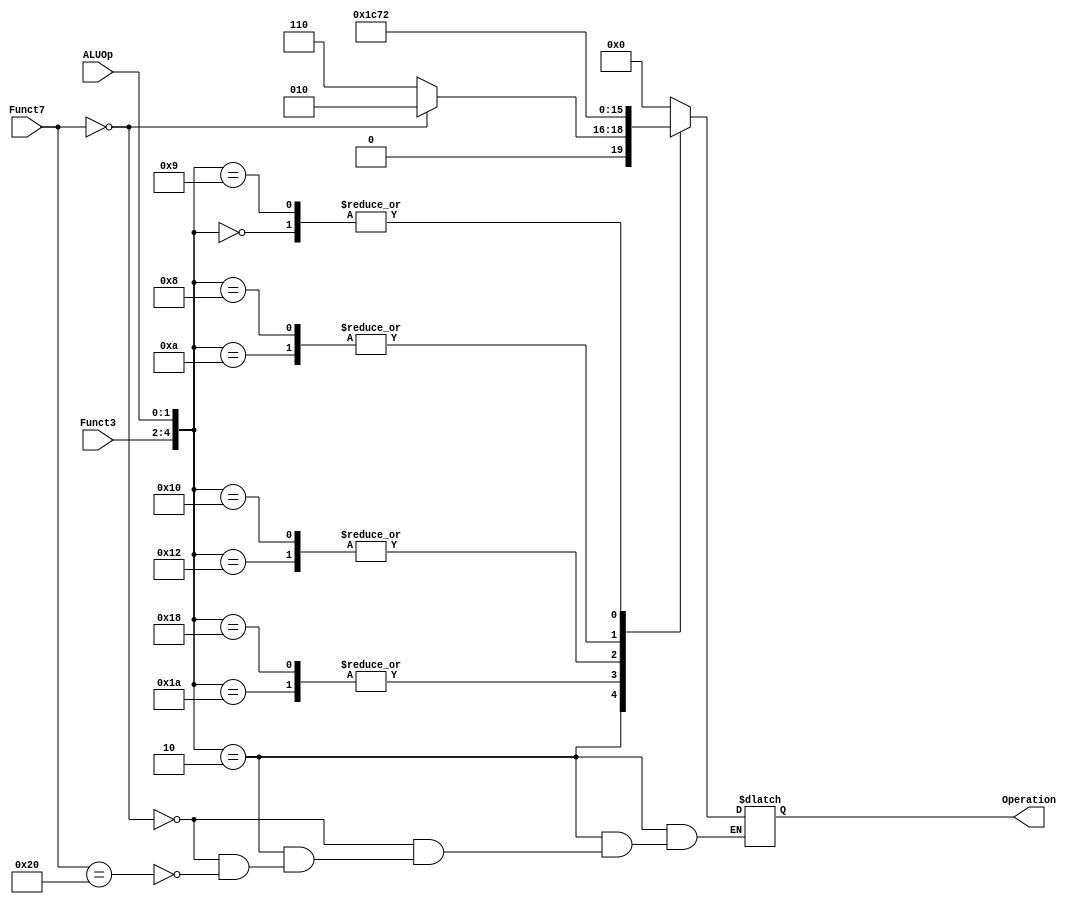
`timescale 1ns / 1ps
//////////////////////////////////////////////////////////////////////////////////
// Engineers:      Allan Montalvo, Lenin Munoz, Omar Aquino Pineda
// 
// Module Name:    ALUController
// Project Name:   This ALUController will generate the alu operation based on the 
//                 alu_opcode, funct7, and funct3.
//////////////////////////////////////////////////////////////////////////////////

module ALUController( ALUOp, Funct7, Funct3, Operation );
    
    // Define the input and output signals
    input  [1:0] ALUOp;
    input  [6:0] Funct7;
    input  [2:0] Funct3;
    output [3:0] Operation;
    
    reg [3:0] Operation;
    
    // Define the ALUController module behavior
    always@(*) begin
        case({Funct3,ALUOp})
            5'b11110 : Operation = 4'b0000;     // AND operation
            5'b11010 : Operation = 4'b0001;     // OR operation
            5'b10010 : Operation = 4'b1100;     // NOR operation
            5'b01010 : Operation = 4'b0111;     // SLT operation
            5'b00010 : if(Funct7 == 7'h00)
                           Operation = 4'b0010; // ADD operation
                       else if (Funct7 == 7'h20)
                           Operation = 4'b0110; // SUB operation
            5'b11100 : Operation = 4'b0000;     // ANDI operation
            5'b11000 : Operation = 4'b0001;     // ORI operation
            5'b10000 : Operation = 4'b1100;     // NORI operation
            5'b01000 : Operation = 4'b0111;     // SLTI operation
            5'b00000 : Operation = 4'b0010;     // ADDI operation
            5'b01001 : Operation = 4'b0010;     // LW or SW operation
            default  : Operation = 4'b0000;     // default AND operation
        endcase
    end
    
endmodule